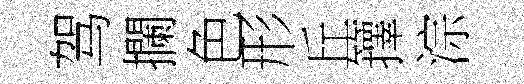
驾攔色形丘籜淙